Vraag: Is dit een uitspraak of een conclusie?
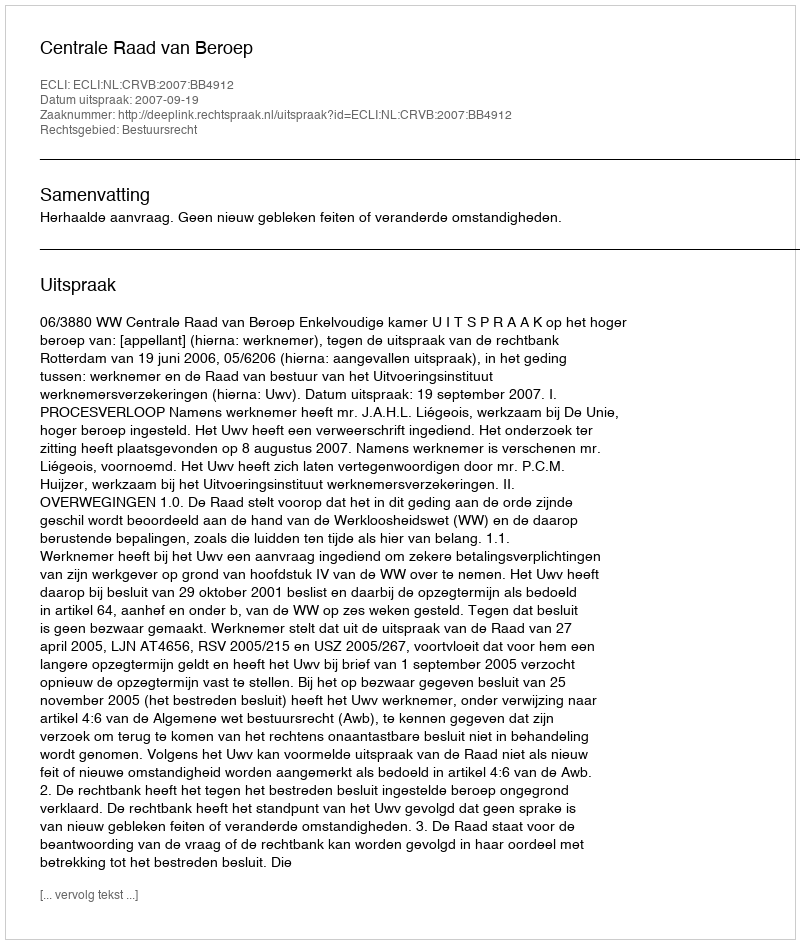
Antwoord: Uitspraak